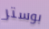
بوستر